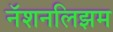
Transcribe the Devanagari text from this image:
नॅशनलिझम